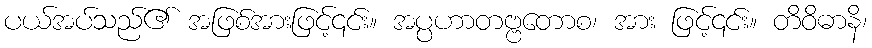
ပယ်အပ်သည်၏ အဖြစ်အားဖြင့်၎င်း။ အပ္ပဟာတဗ္ဗတောစ၊ အား ဖြင့်၎င်း။ တိဝိဓာနိ၊